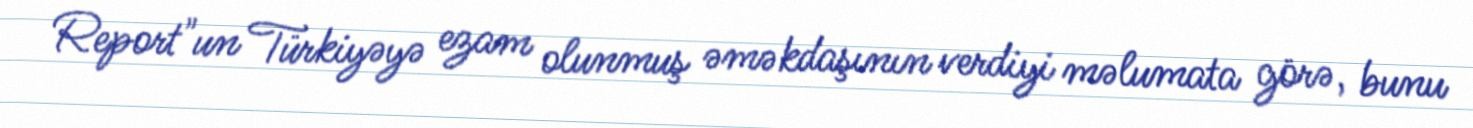
Report"un Türkiyəyə ezam olunmuş əməkdaşının verdiyi məlumata görə, bunu